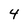
Character: 4